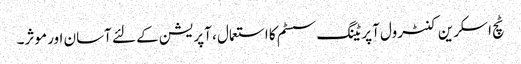
ٹچ اسکرین کنٹرول آپریٹنگ سسٹم کا استعمال ، آپریشن کے لئے آسان اور موثر۔